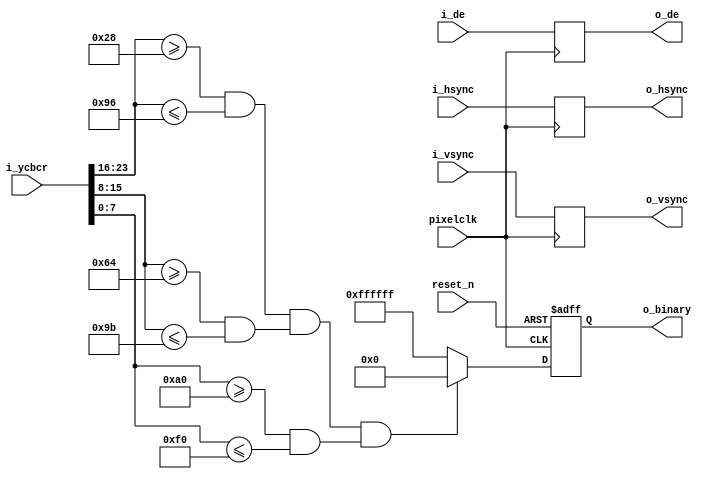

`timescale 1ns/1ps
module  threshold_binary#(
        parameter DW        = 24 ,
        parameter Y_TH      = 150,
        parameter Y_TL      = 40 ,
        parameter CB_TH     = 155,
        parameter CB_TL     = 100,
        parameter CR_TH     = 240,
        parameter CR_TL     = 160

)(
        input                            pixelclk   ,
        input                            reset_n    ,
        input [DW-1:0]                   i_ycbcr    ,
        input                            i_hsync    ,
        input                            i_vsync    ,
        input                            i_de       ,
    
        
        output[DW-1:0]                   o_binary   ,
        output                           o_hsync    ,
        output                           o_vsync    ,   
        output                           o_de                                                                                                
);


reg  [DW-1:0]           binary_r    ;
reg                     h_sync_r    ;
reg                     v_sync_r    ;
reg                     de_r        ;
wire                    en0         ;
wire                    en1         ;
wire                    en2         ;


assign o_binary = binary_r;  
assign o_hsync  = h_sync_r;
assign o_vsync  = v_sync_r;
assign o_de     = de_r;

////////////////////// threshold//////////////////////////////////////
assign en0      =i_ycbcr[23:16] >=Y_TL  && i_ycbcr[23:16] <= Y_TH;
assign en1      =i_ycbcr[15: 8] >=CB_TL && i_ycbcr[15: 8] <= CB_TH;
assign en2      =i_ycbcr[ 7: 0] >=CR_TL && i_ycbcr[ 7: 0] <= CR_TH;


/********************************************************************************************/

/***************************************timing***********************************************/

always @(posedge pixelclk)begin
    h_sync_r<= i_hsync;
    v_sync_r<= i_vsync;
    de_r    <= i_de;
end 



/********************************************************************************************/

/***************************************Binarization threshold*******************************/


always @(posedge pixelclk or negedge reset_n) begin
    if(!reset_n)begin 
        binary_r <= 24'd0;
    end 
    else begin 
        if(en0==1'b1 && en1 ==1'b1 && en2==1'b1) begin 
            binary_r <= 24'd0;
        end 
        else begin 
            binary_r <= 24'hffffff;
        end 
    end  
end 



endmodule